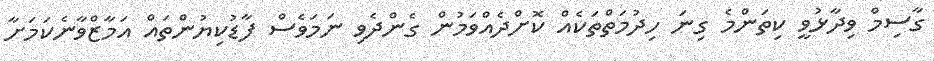
ގާސިމް ވިދާޅުވީ ކިތަންމެ ގިނަ ހިދުމަތްތަކެއް ކޮށްދެއްވަމުން ގެންދެވި ނަމަވެސް ފާޑުކިޔުންތައް އަމާޒްވާނެކަމަށާ